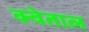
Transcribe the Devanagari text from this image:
क्वेताल